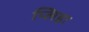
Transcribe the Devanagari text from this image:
प्लिहा